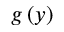
g \left( y \right)